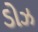
ડોઝ